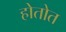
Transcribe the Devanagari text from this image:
होतोत